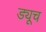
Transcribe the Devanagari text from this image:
ड्यूच